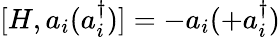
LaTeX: [H,a_{i}(a_{i}^{\dagger})]=-a_{i}(+a_{i}^{\dagger})